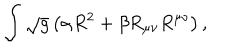
\int \sqrt { g } \left( \alpha R ^ { 2 } + \beta R _ { \mu \nu } R ^ { \mu \nu } \right) ,